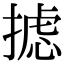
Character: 摅